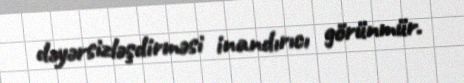
dəyərsizləşdirməsi inandırıcı görünmür.